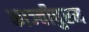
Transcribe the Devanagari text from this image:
काञ्चीपुरम